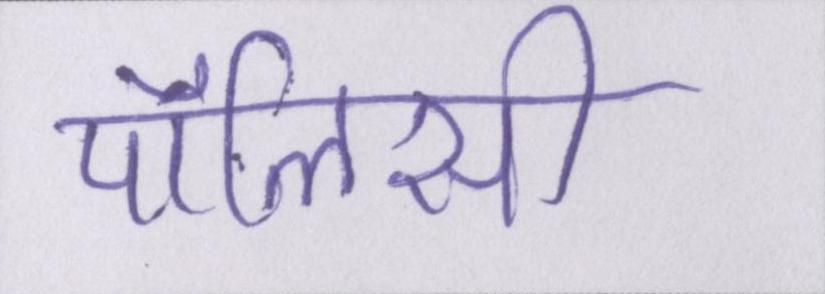
पॉलिसी